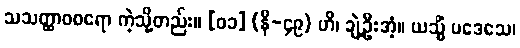
သသတ္ထာဝစရော ကဲ့သို့တည်း။ [၀၁] (နိ-၄၉) ဟိ၊ ချဲ့ဦးအံ့။ ယသ္မိံ ပဒေသေ၊